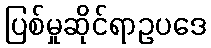
ပြစ်မှုဆိုင်ရာဥပဒေ